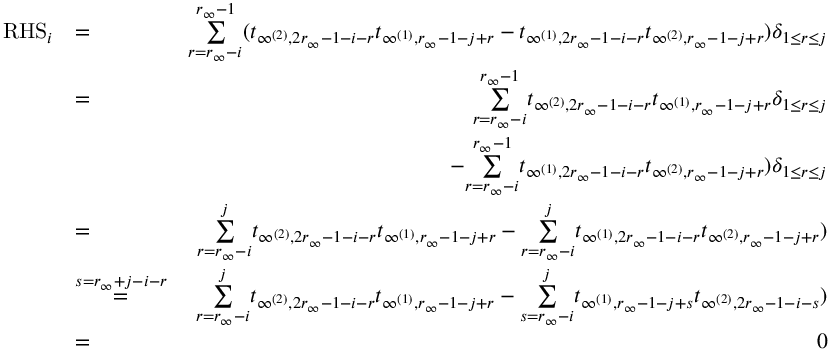
\begin{array} { r l r } { \mathrm { R H S } _ { i } } & { = } & { \underset { r = r _ { \infty } - i } { \overset { r _ { \infty } - 1 } { \sum } } ( t _ { \infty ^ { ( 2 ) } , 2 r _ { \infty } - 1 - i - r } t _ { \infty ^ { ( 1 ) } , r _ { \infty } - 1 - j + r } - t _ { \infty ^ { ( 1 ) } , 2 r _ { \infty } - 1 - i - r } t _ { \infty ^ { ( 2 ) } , r _ { \infty } - 1 - j + r } ) \delta _ { 1 \leq r \leq j } } \\ & { = } & { \underset { r = r _ { \infty } - i } { \overset { r _ { \infty } - 1 } { \sum } } t _ { \infty ^ { ( 2 ) } , 2 r _ { \infty } - 1 - i - r } t _ { \infty ^ { ( 1 ) } , r _ { \infty } - 1 - j + r } \delta _ { 1 \leq r \leq j } } \\ & { } & { - \underset { r = r _ { \infty } - i } { \overset { r _ { \infty } - 1 } { \sum } } t _ { \infty ^ { ( 1 ) } , 2 r _ { \infty } - 1 - i - r } t _ { \infty ^ { ( 2 ) } , r _ { \infty } - 1 - j + r } ) \delta _ { 1 \leq r \leq j } } \\ & { = } & { \underset { r = r _ { \infty } - i } { \overset { j } { \sum } } t _ { \infty ^ { ( 2 ) } , 2 r _ { \infty } - 1 - i - r } t _ { \infty ^ { ( 1 ) } , r _ { \infty } - 1 - j + r } - \underset { r = r _ { \infty } - i } { \overset { j } { \sum } } t _ { \infty ^ { ( 1 ) } , 2 r _ { \infty } - 1 - i - r } t _ { \infty ^ { ( 2 ) } , r _ { \infty } - 1 - j + r } ) } \\ & { \overset { s = r _ { \infty } + j - i - r } { = } } & { \underset { r = r _ { \infty } - i } { \overset { j } { \sum } } t _ { \infty ^ { ( 2 ) } , 2 r _ { \infty } - 1 - i - r } t _ { \infty ^ { ( 1 ) } , r _ { \infty } - 1 - j + r } - \underset { s = r _ { \infty } - i } { \overset { j } { \sum } } t _ { \infty ^ { ( 1 ) } , r _ { \infty } - 1 - j + s } t _ { \infty ^ { ( 2 ) } , 2 r _ { \infty } - 1 - i - s } ) } \\ & { = } & { 0 } \end{array}